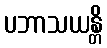
ပဘာသယန္တိ